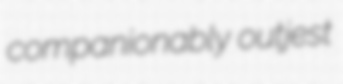
companionably outjest